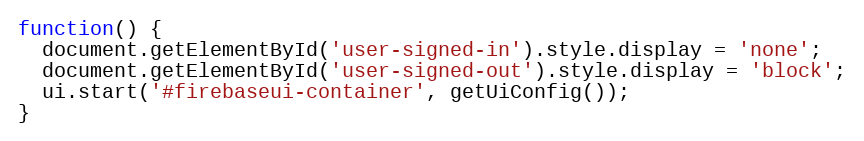
Language: JavaScript
function() {
  document.getElementById('user-signed-in').style.display = 'none';
  document.getElementById('user-signed-out').style.display = 'block';
  ui.start('#firebaseui-container', getUiConfig());
}